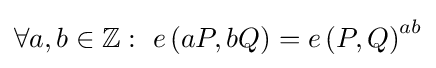
\textstyle \forall a,b\in \mathbb {Z} :\ e\left(aP,bQ\right)=e\left(P,Q\right)^{ab}